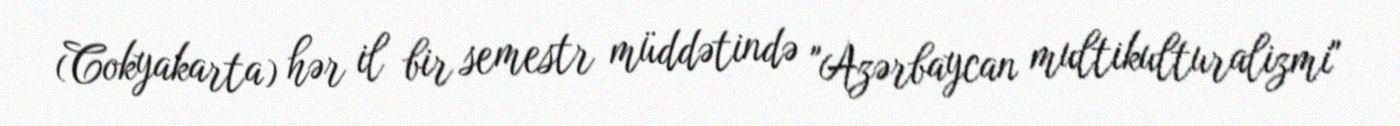
(Cokyakarta) hər il bir semestr müddətində "Azərbaycan multikulturalizmi"